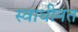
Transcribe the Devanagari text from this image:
स्वाधीनत